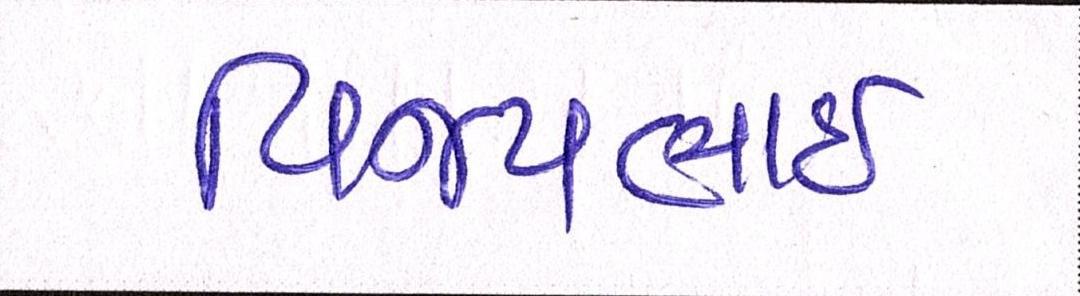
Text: વિજયભાઈ